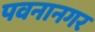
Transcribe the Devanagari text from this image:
पवनानगर